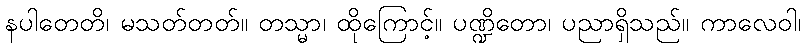
နပါတေတိ၊ မသတ်တတ်။ တသ္မာ၊ ထိုကြောင့်။ ပဏ္ဍိတော၊ ပညာရှိသည်။ ကာလေဝါ၊